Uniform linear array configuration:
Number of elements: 48
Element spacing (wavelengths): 0.5
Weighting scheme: exponential
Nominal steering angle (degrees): -45
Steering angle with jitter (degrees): -43.419
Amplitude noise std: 0.05
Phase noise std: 0.05

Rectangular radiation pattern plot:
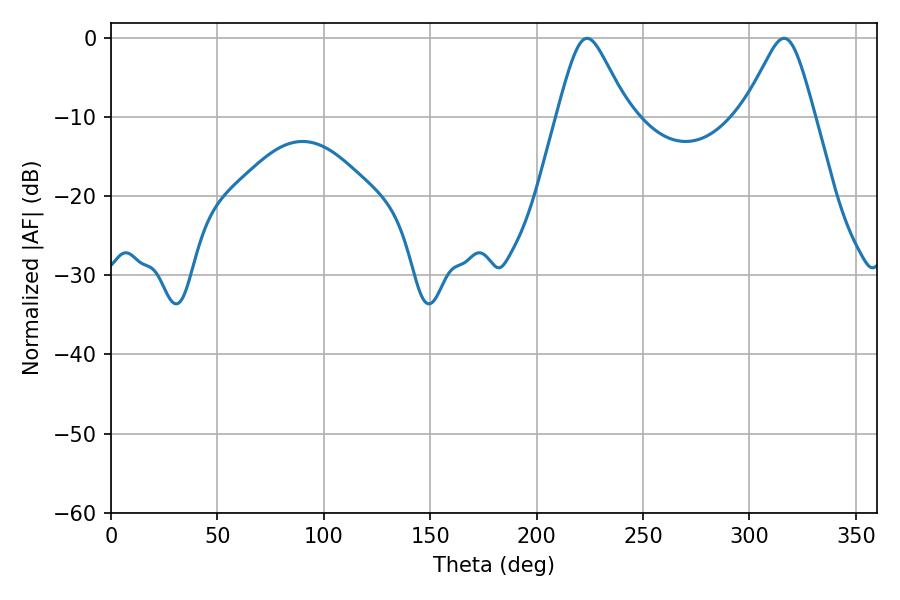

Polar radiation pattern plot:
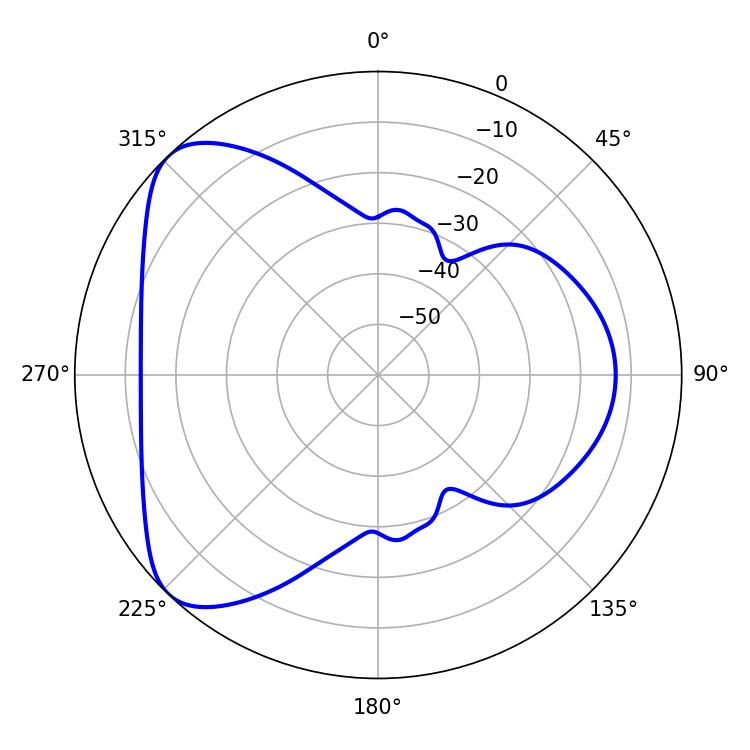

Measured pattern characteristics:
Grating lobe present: FALSE
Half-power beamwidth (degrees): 16.02
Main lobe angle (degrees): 223.74